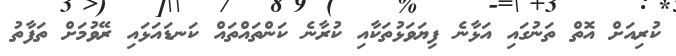
ކުރިއަށް އޮތް ތަނުގައި އަޅާނެ ފިޔަވަޅުތަކާއި ކުރާނެ ކަންތައްތައް ކަނޑައަޅައި ރޭވުމަށް ތަފާތު